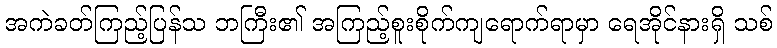
အကဲခတ်ကြည့်ပြန်သ ဘကြီး၏ အကြည့်စူးစိုက်ကျရောက်ရာမှာ ရေအိုင်နားရှိ သစ်